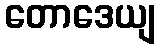
တောဒေယျ